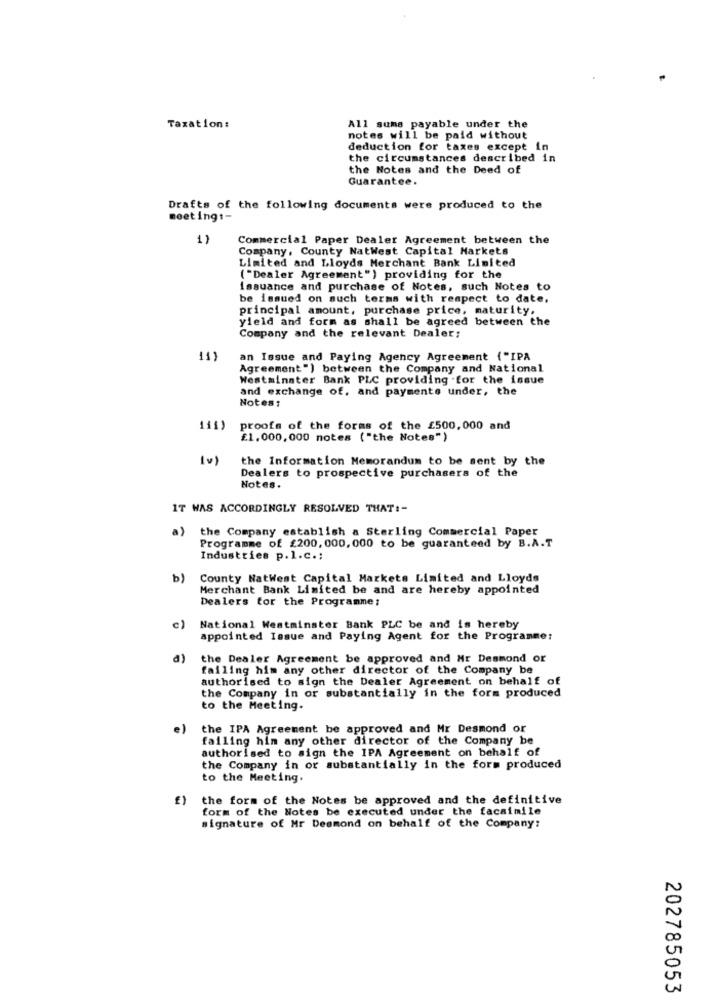
Taxation:
All suma payable under the
notes will be paid without
deduction for taxes except in
the circumstances described in
the Notes and the Deed of
Guarantee.
Drafts of the following documents were produced to the
meet ings-
1)
Commercial Paper Dealer Agreement between the
Company, County NatWest Capital Markets
Limited and Lloyds Merchant Bank Limited
( "Dealer Agreement") providing for the
issuance and purchase of Notes, such Notes to
be issued on auch terms with respect to date,
principal amount, purchase price, maturity.
yield and form as shall be agreed between the
Company and the relevant Dealer:
an Issue and Paying Agency Agreement ("IPA
Agreement") between the Company and National
Westminster Bank PLC providing .for the issue
and exchange of, and payments under, the
Notes:
111)
proofs of the forms of the £500,000 and
£1,000,000 notes ("the Notes")
(v)
the Information Memorandum to be sent by the
Dealers to prospective purchasers of the
Notes.
IT WAS ACCORDINGLY RESOLVED THAT :-
a)
the Company establish a Sterling Commercial Paper
Programme of £200, 000, 000 to be guaranteed by B.A.T
Industries p.l.c .;
b)
County NatWest Capital Markets Limited and Lloyds
Merchant Bank Limited be and are hereby appointed
Dealers for the Programme:
c) National Westminster Bank PLC be and is hereby
appointed Issue and Paying Agent for the Programme:
a)
the Dealer Agreement be approved and Mr Desmond or
failing him any other director of the Company be
authorised to sign the Dealer Agreement on behalf of
the Company in or substantially in the form produced
to the Meeting.
e)
the IPA Agreement be approved and Mr Desmond or
failing hin any other director of the Company be
authorised to sign the IPA Agreement on behalf of
the Company in or substantially in the form produced
to the Meeting.
€)
the form of the Notes be approved and the definitive
form of the Notes be executed under the facsimile
signature of Mr Desmond on behalf of the Company:
202785053